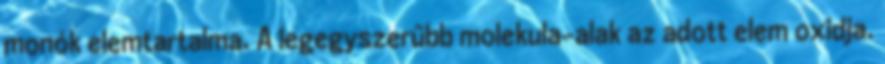
monók elemtartalma. A legegyszerűbb molekula-alak az adott elem oxidja.